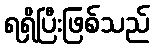
ရရှိပြီးဖြစ်သည်